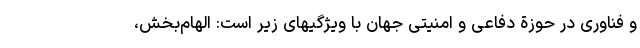
و فناوری در حوزة دفاعی و امنیتی جهان با ویژگیهای زیر است: الهام­بخش،